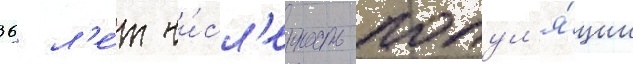
36 л'е́т чи́сл'енность попул'я́ции